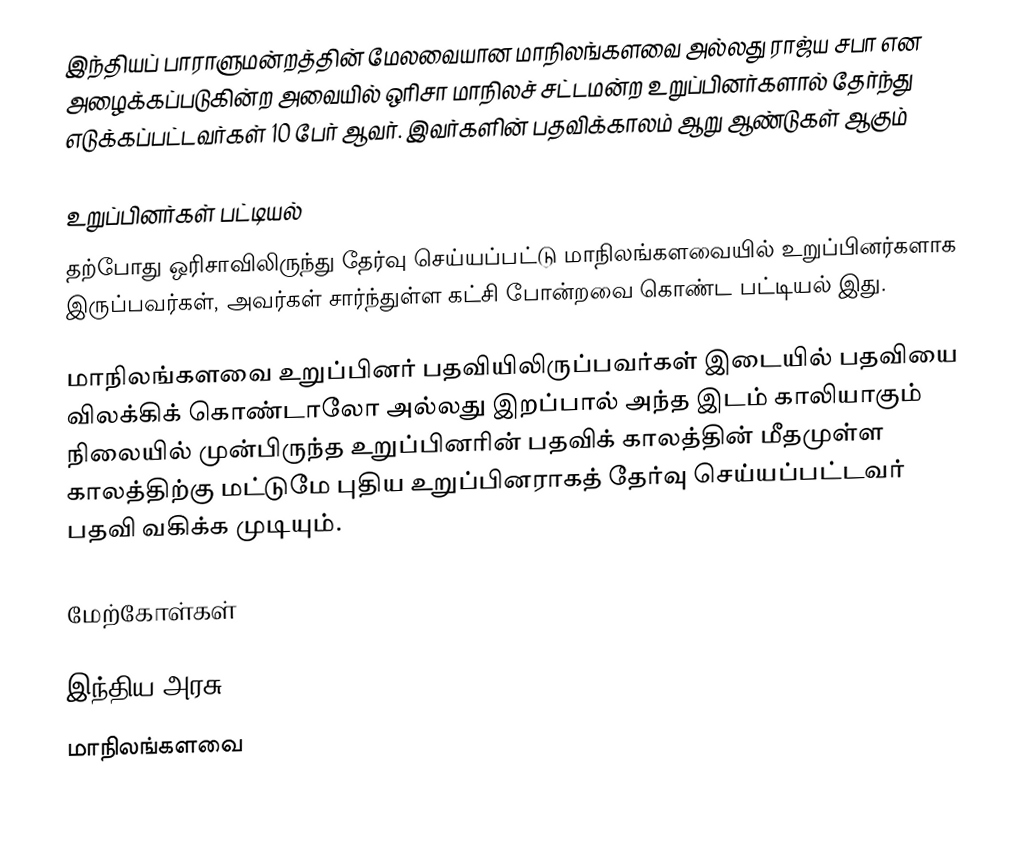
இந்தியப் பாராளுமன்றத்தின் மேலவையான மாநிலங்களவை அல்லது ராஜ்ய சபா என அழைக்கப்படுகின்ற அவையில் ஒரிசா மாநிலச் சட்டமன்ற உறுப்பினர்களால் தேர்ந்து எடுக்கப்பட்டவர்கள் 10 பேர் ஆவர். இவர்களின் பதவிக்காலம் ஆறு ஆண்டுகள் ஆகும்

உறுப்பினர்கள் பட்டியல்
தற்போது ஒரிசாவிலிருந்து தேர்வு செய்யப்பட்டு மாநிலங்களவையில் உறுப்பினர்களாக இருப்பவர்கள், அவர்கள் சார்ந்துள்ள கட்சி போன்றவை கொண்ட பட்டியல் இது.

 மாநிலங்களவை உறுப்பினர் பதவியிலிருப்பவர்கள் இடையில் பதவியை விலக்கிக் கொண்டாலோ அல்லது இறப்பால் அந்த இடம் காலியாகும் நிலையில் முன்பிருந்த உறுப்பினரின் பதவிக் காலத்தின் மீதமுள்ள காலத்திற்கு மட்டுமே புதிய உறுப்பினராகத் தேர்வு செய்யப்பட்டவர் பதவி வகிக்க முடியும்.

மேற்கோள்கள்

இந்திய அரசு
மாநிலங்களவை